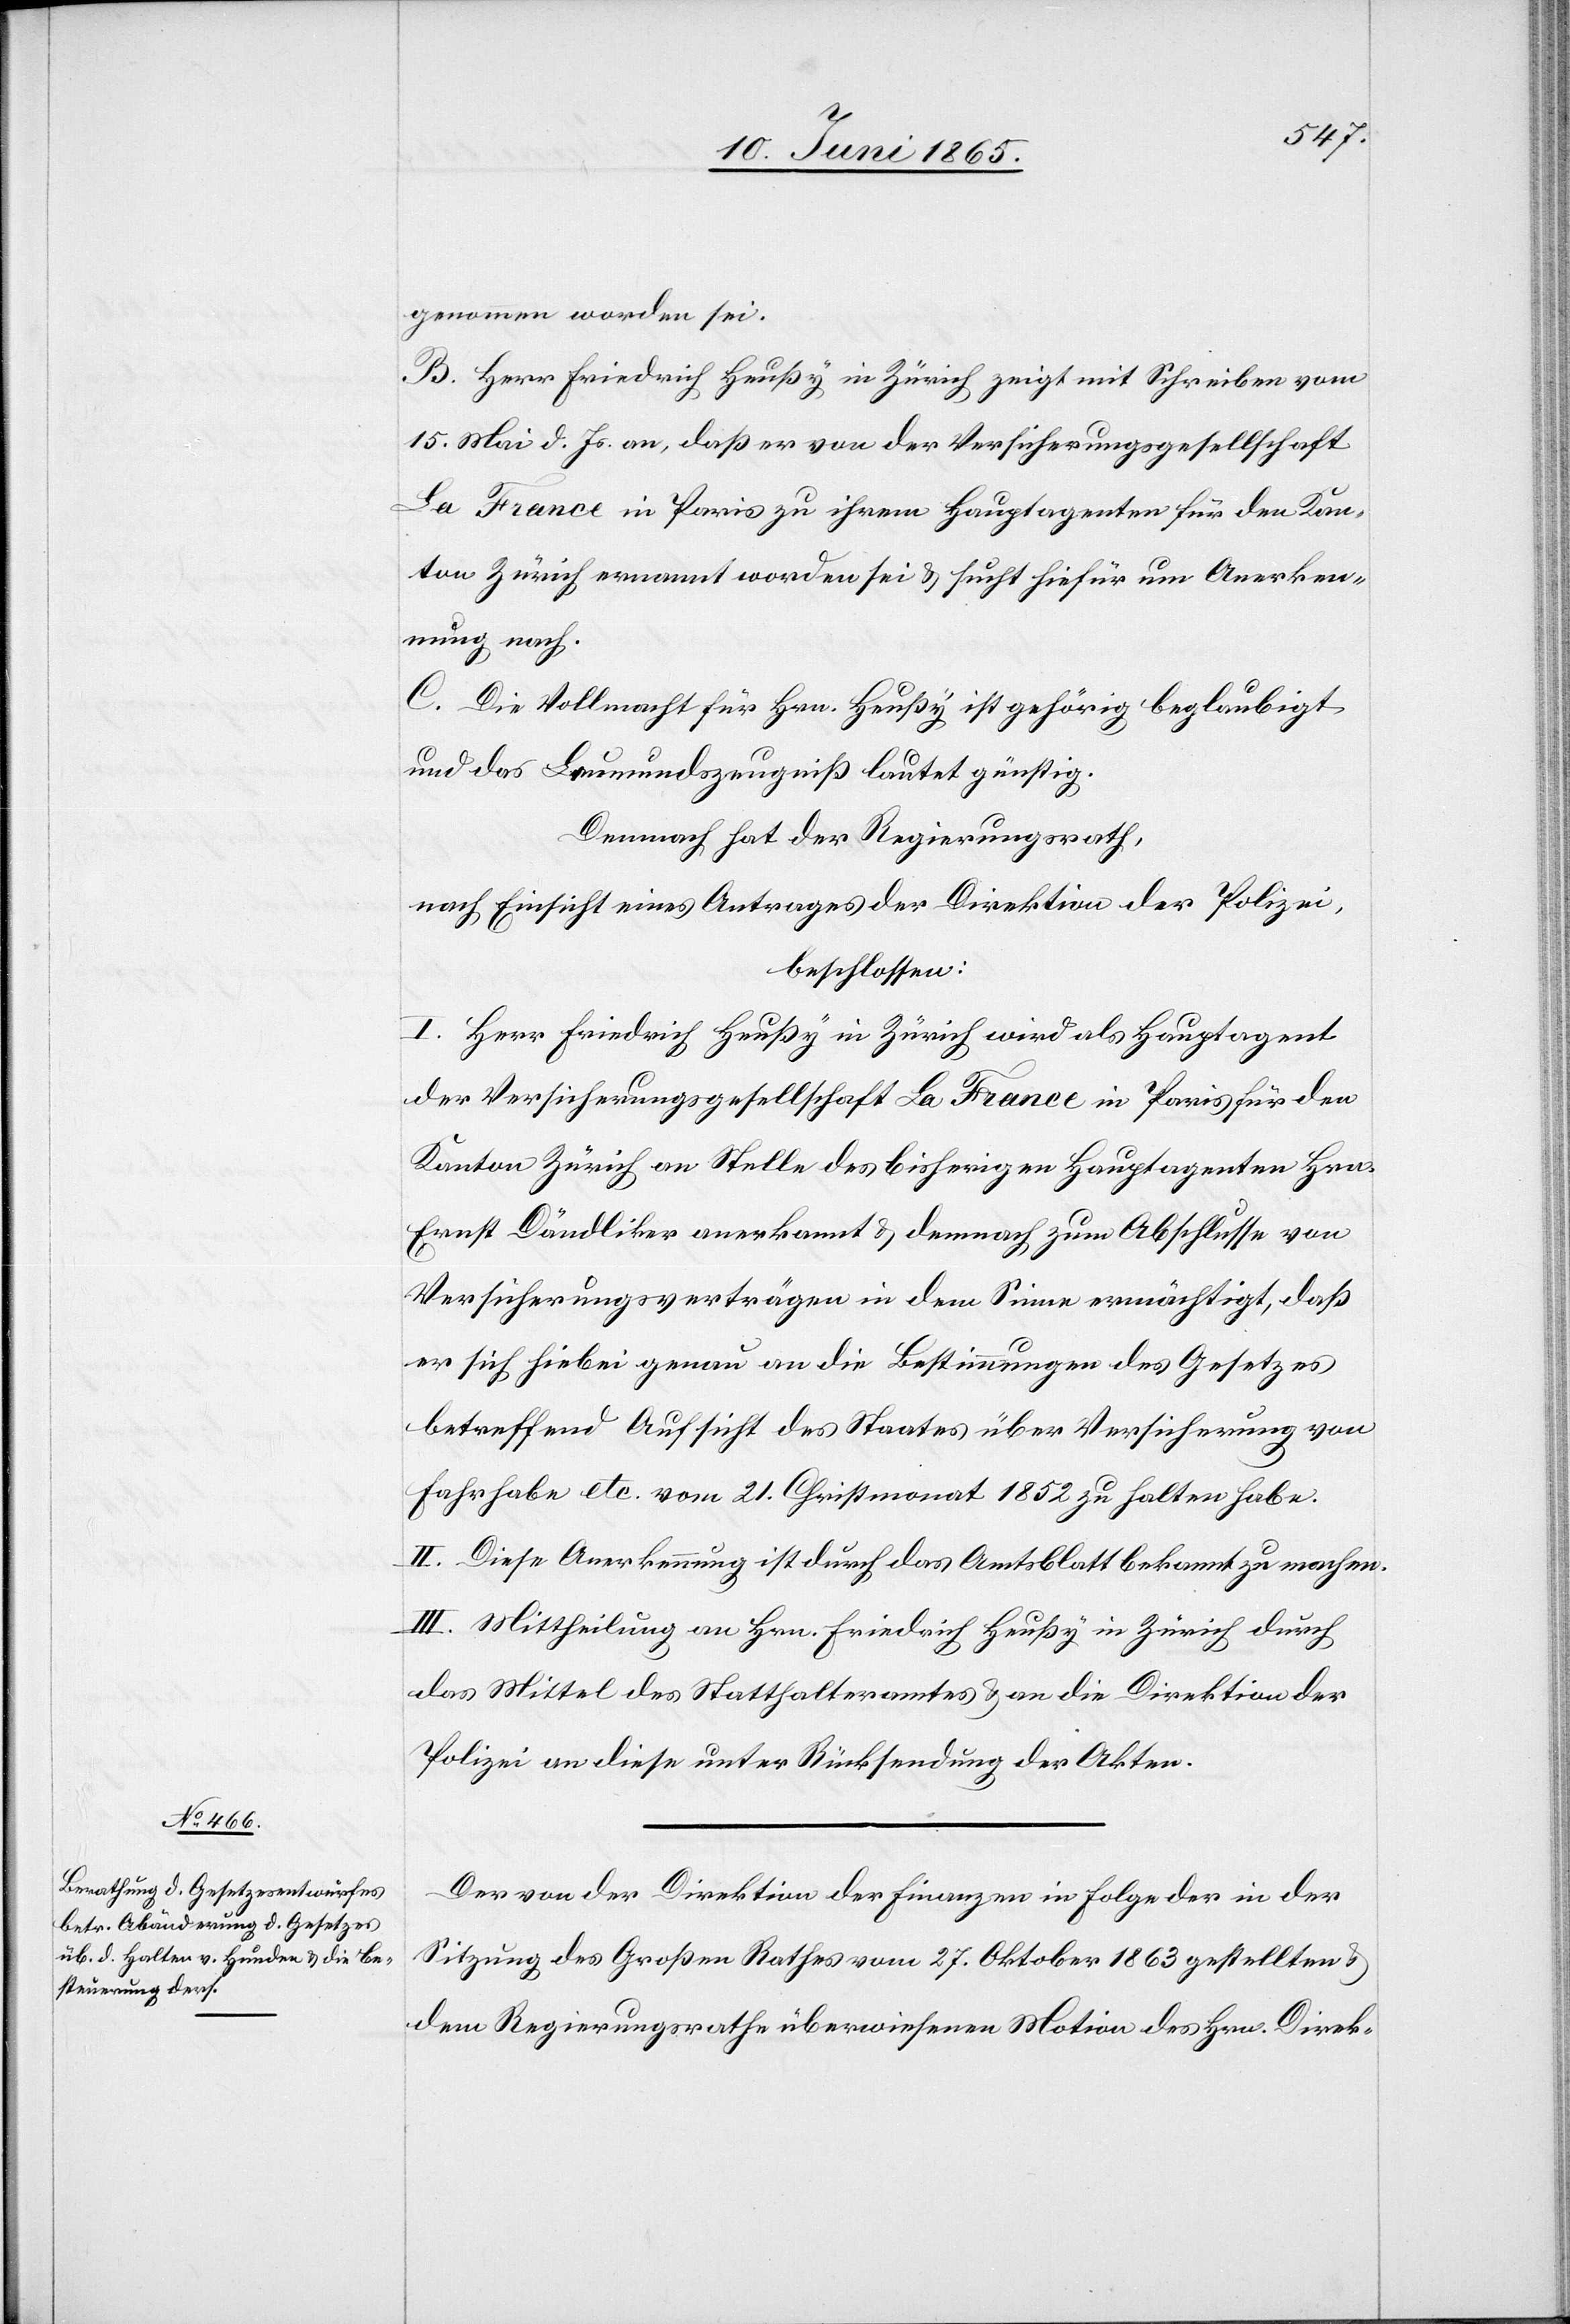
genommen worden sei.
B. Herr Friedrich Heußy [sic!] in Zürich zeigt mit Schreiben vom
15. Mai d. Js. an, daß er von der Versicherungsgesellschaft
La France in Paris zu ihrem Hauptagenten für den Kan¬
ton Zürich ernannt worden sei & sucht hiefür um Anerken¬
nung nach.
C. Die Vollmacht für Hrn. Heußy ist gehörig beglaubigt
und das Leumundszeugniß lautet günstig.
Demnacht hat der Regierungsrath,
nach Einsicht eines Antrages der Direktion der Polizei,
beschlossen:
I. Herr Friedrich Heußy in Zürich wird als Hauptagent
der Versicherungsgesellschaft La France in Paris für den
Kanton Zürich an Stelle des bisherigen Hauptagenten Hrn.
Ernst Dändliker anerkannt & demnach zum Abschlusse von
Versicherungsverträgen in dem Sinne ermächtigt, daß
er sich hiebei genau an die Bestimmungen das Gesetzes
betreffend Aufsicht des Staates über Versicherung von
Fahrhabe etc. vom 21. Christmonat 1852 zu halten habe.
II. Diese Anerkennung ist durch das Amtsblatt bekannt zu machen.
III. Mittheilung an Hrn. Friedrich Heußy in Zürich durch
das Mittel des Statthalteramtes & an die Direktion der
Polizei an diese unter Rücksendung der Akten.
Der von der Direktion der Finanzen in Folge der in der
Sitzung des Großen Rathes vom 27. Oktober 1863 gestellten &
dem Regierungsrathe überwiesenen Motion des Hrn. Direk-